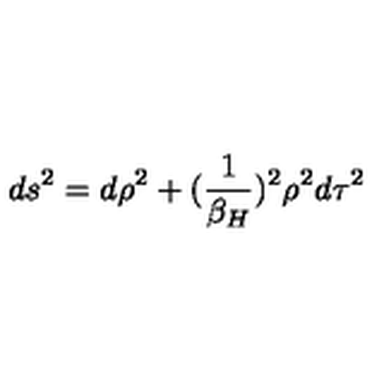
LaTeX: d s ^ { 2 } = d \rho ^ { 2 } + ( { \frac { 1 } { \beta _ { H } } } ) ^ { 2 } \rho ^ { 2 } d \tau ^ { 2 }